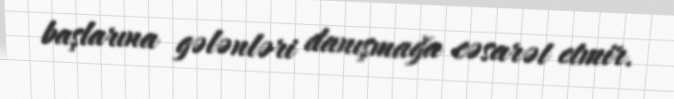
başlarına gələnləri danışmağa cəsarət etmir.